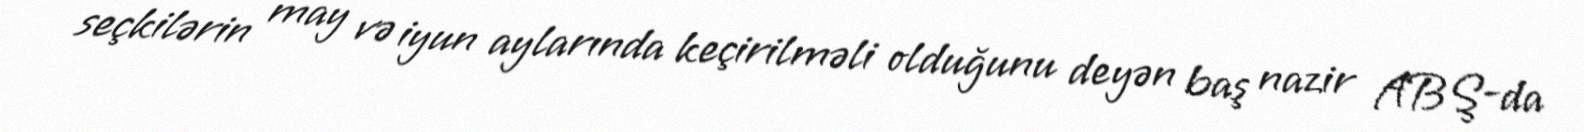
seçkilərin may və iyun aylarında keçirilməli olduğunu deyən baş nazir ABŞ-da